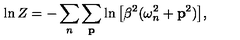
\ln Z = - \sum _ { n } \sum _ { { \bf p } } \ln \big [ \beta ^ { 2 } ( \omega _ { n } ^ { 2 } + { \bf p } ^ { 2 } ) \big ] ,